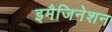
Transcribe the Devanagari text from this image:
इमैजिनेशन